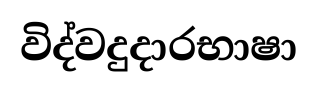
විද්වදුදාරභාෂා